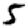
Digit: 5